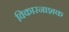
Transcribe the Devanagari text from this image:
विकारनाशक